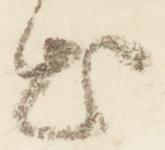
出